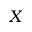
X